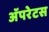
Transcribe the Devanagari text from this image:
अॅपरेटस